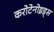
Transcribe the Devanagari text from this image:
करोटेनोइड्स